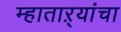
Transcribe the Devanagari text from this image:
म्हाताऱ्यांचा